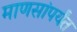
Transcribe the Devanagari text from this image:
माणसांपर्यंत